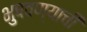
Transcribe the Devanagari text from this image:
भुषवण्याची